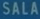
SALASALA